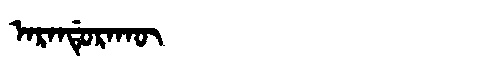
Manchu: ᠠᡵᠠᠨᡩᡠᡵᠠᡴᡡ
Romanization: ARANDURAKŪ